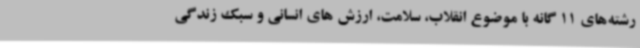
رشته‌های 11 گانه با موضوع انقلاب، سلامت، ارزش های انسانی و سبک زندگی